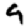
Digit: 9